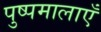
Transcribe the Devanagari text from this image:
पुष्पमालाएँ